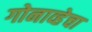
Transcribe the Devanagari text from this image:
गोनाव्हेचा